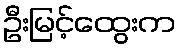
ဦးမြင့်ထွေးက